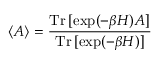
\langle A \rangle = { \frac { { \mathrm { T r } } \, [ \exp ( - \beta H ) A ] } { { \mathrm { T r } } \, [ \exp ( - \beta H ) ] } }